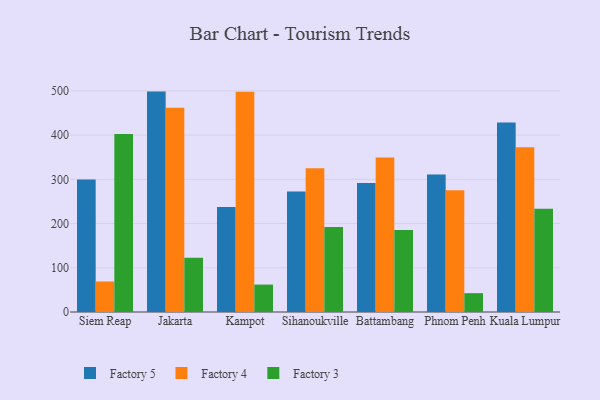
{"axis": {"x": "City", "y": "Bounce Rate (%)"}, "legend": ["Factory 3", "Factory 4", "Factory 5"], "data": [{"x": "Siem Reap", "y": 299.8, "type": "Factory 5"}, {"x": "Siem Reap", "y": 69.0, "type": "Factory 4"}, {"x": "Siem Reap", "y": 402.3, "type": "Factory 3"}, {"x": "Jakarta", "y": 498.3, "type": "Factory 5"}, {"x": "Jakarta", "y": 461.6, "type": "Factory 4"}, {"x": "Jakarta", "y": 122.7, "type": "Factory 3"}, {"x": "Kampot", "y": 237.6, "type": "Factory 5"}, {"x": "Kampot", "y": 497.7, "type": "Factory 4"}, {"x": "Kampot", "y": 62.0, "type": "Factory 3"}, {"x": "Sihanoukville", "y": 272.5, "type": "Factory 5"}, {"x": "Sihanoukville", "y": 325.1, "type": "Factory 4"}, {"x": "Sihanoukville", "y": 192.4, "type": "Factory 3"}, {"x": "Battambang", "y": 291.4, "type": "Factory 5"}, {"x": "Battambang", "y": 349.4, "type": "Factory 4"}, {"x": "Battambang", "y": 185.3, "type": "Factory 3"}, {"x": "Phnom Penh", "y": 310.9, "type": "Factory 5"}, {"x": "Phnom Penh", "y": 275.4, "type": "Factory 4"}, {"x": "Phnom Penh", "y": 42.6, "type": "Factory 3"}, {"x": "Kuala Lumpur", "y": 428.6, "type": "Factory 5"}, {"x": "Kuala Lumpur", "y": 372.5, "type": "Factory 4"}, {"x": "Kuala Lumpur", "y": 233.7, "type": "Factory 3"}]}